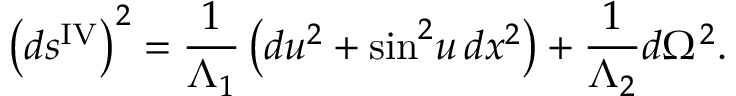
\left( d s ^ { \mathrm { I V } } \right) ^ { 2 } = \frac { 1 } { \Lambda _ { 1 } } \left( d u ^ { 2 } + \sin ^ { 2 } \! u \, d x ^ { 2 } \right) + \frac { 1 } { \Lambda _ { 2 } } d \Omega ^ { 2 } .